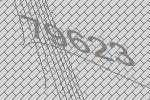
79623